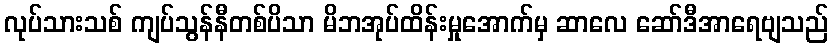
လုပ်သားသစ် ကျပ်သွန်နီတစ်ပိသာ မိဘအုပ်ထိန်းမှုအောက်မှ ဆာလေ ဆော်ဒီအာရေဗျသည်